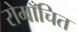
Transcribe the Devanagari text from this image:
रोमाँचित